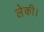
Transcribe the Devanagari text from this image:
लेकी।